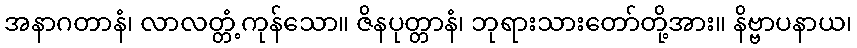
အနာဂတာနံ၊ လာလတ္တံ့ကုန်သော။ ဇိနပုတ္တာနံ၊ ဘုရားသားတော်တို့အား။ နိဗ္ဗာပနာယ၊